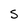
Character: S